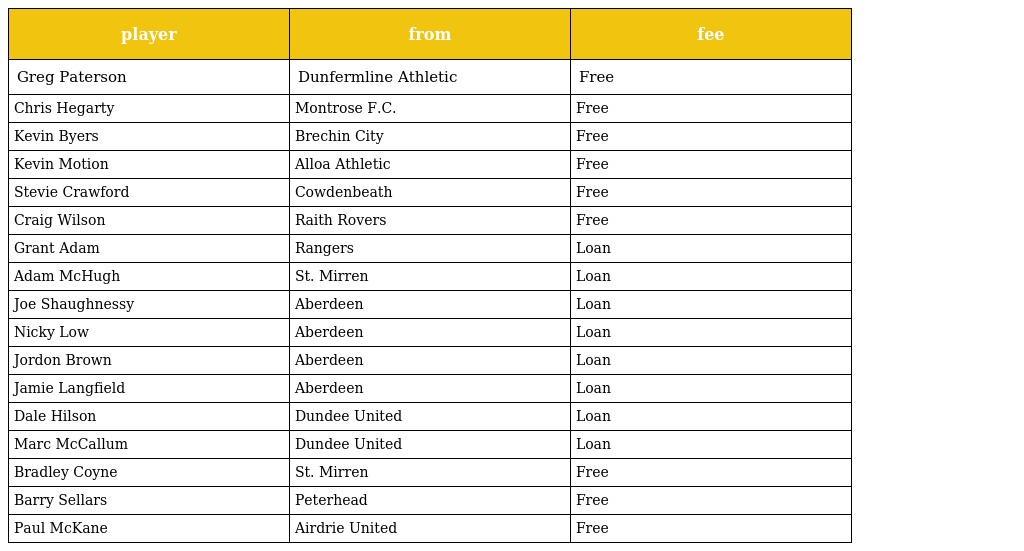
| player | from | fee |
 | --- | --- | --- |
 | Greg Paterson | Dunfermline Athletic | Free |
 | Chris Hegarty | Montrose F.C. | Free |
 | Kevin Byers | Brechin City | Free |
 | Kevin Motion | Alloa Athletic | Free |
 | Stevie Crawford | Cowdenbeath | Free |
 | Craig Wilson | Raith Rovers | Free |
 | Grant Adam | Rangers | Loan |
 | Adam McHugh | St. Mirren | Loan |
 | Joe Shaughnessy | Aberdeen | Loan |
 | Nicky Low | Aberdeen | Loan |
 | Jordon Brown | Aberdeen | Loan |
 | Jamie Langfield | Aberdeen | Loan |
 | Dale Hilson | Dundee United | Loan |
 | Marc McCallum | Dundee United | Loan |
 | Bradley Coyne | St. Mirren | Free |
 | Barry Sellars | Peterhead | Free |
 | Paul McKane | Airdrie United | Free |